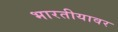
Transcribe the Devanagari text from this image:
भारतीयावर